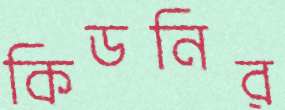
কিডনির